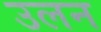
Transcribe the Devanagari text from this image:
उलन